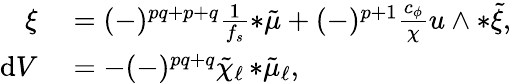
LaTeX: \begin{array}{rl}{\xi}&{{}=(-)^{pq+p+q}\frac{1}{f_{s}}{*\tilde{\mu}}+(-)^{p+1}\frac{c_{\phi}}{\chi}u\wedge{*\tilde{\xi}},}\\ {\mathrm{d}V}&{{}=-(-)^{pq+q}\tilde{\chi}_{\ell}\, {*\tilde{\mu}_{\ell}},}\end{array}